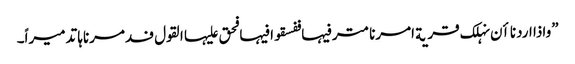
”واذا اردنا اٴن نہلک قریة امرنا مترفیہا ففسقوا فیہا فحق علیہا القول فدمرناہا تدمیراً۔